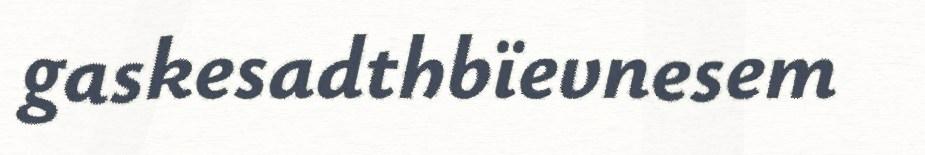
gaskesadthbïevnesem